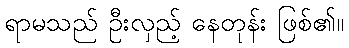
ရာမသည် ဦးလှည့် နေတုန်း ဖြစ်၏။